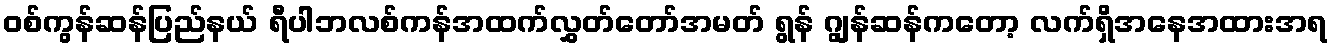
ဝစ်ကွန်ဆန်ပြည်နယ် ရီပါဘလစ်ကန်အထက်လွှတ်တော်အမတ် ရွန် ဂျွန်ဆန်ကတော့ လက်ရှိအနေအထားအရ